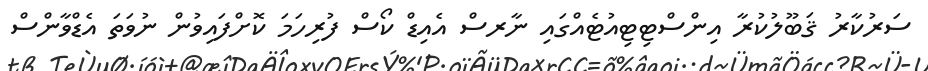
ސަރުކާރު ޤަބޫލުކުރާ އިންސްޓިޓިއުޓެއްގައި ނާރސް އެއިޑް ކޯސް ފުރިހަމަ ކޮށްފައިވުން ނުވަތަ އެޑްވާންސް